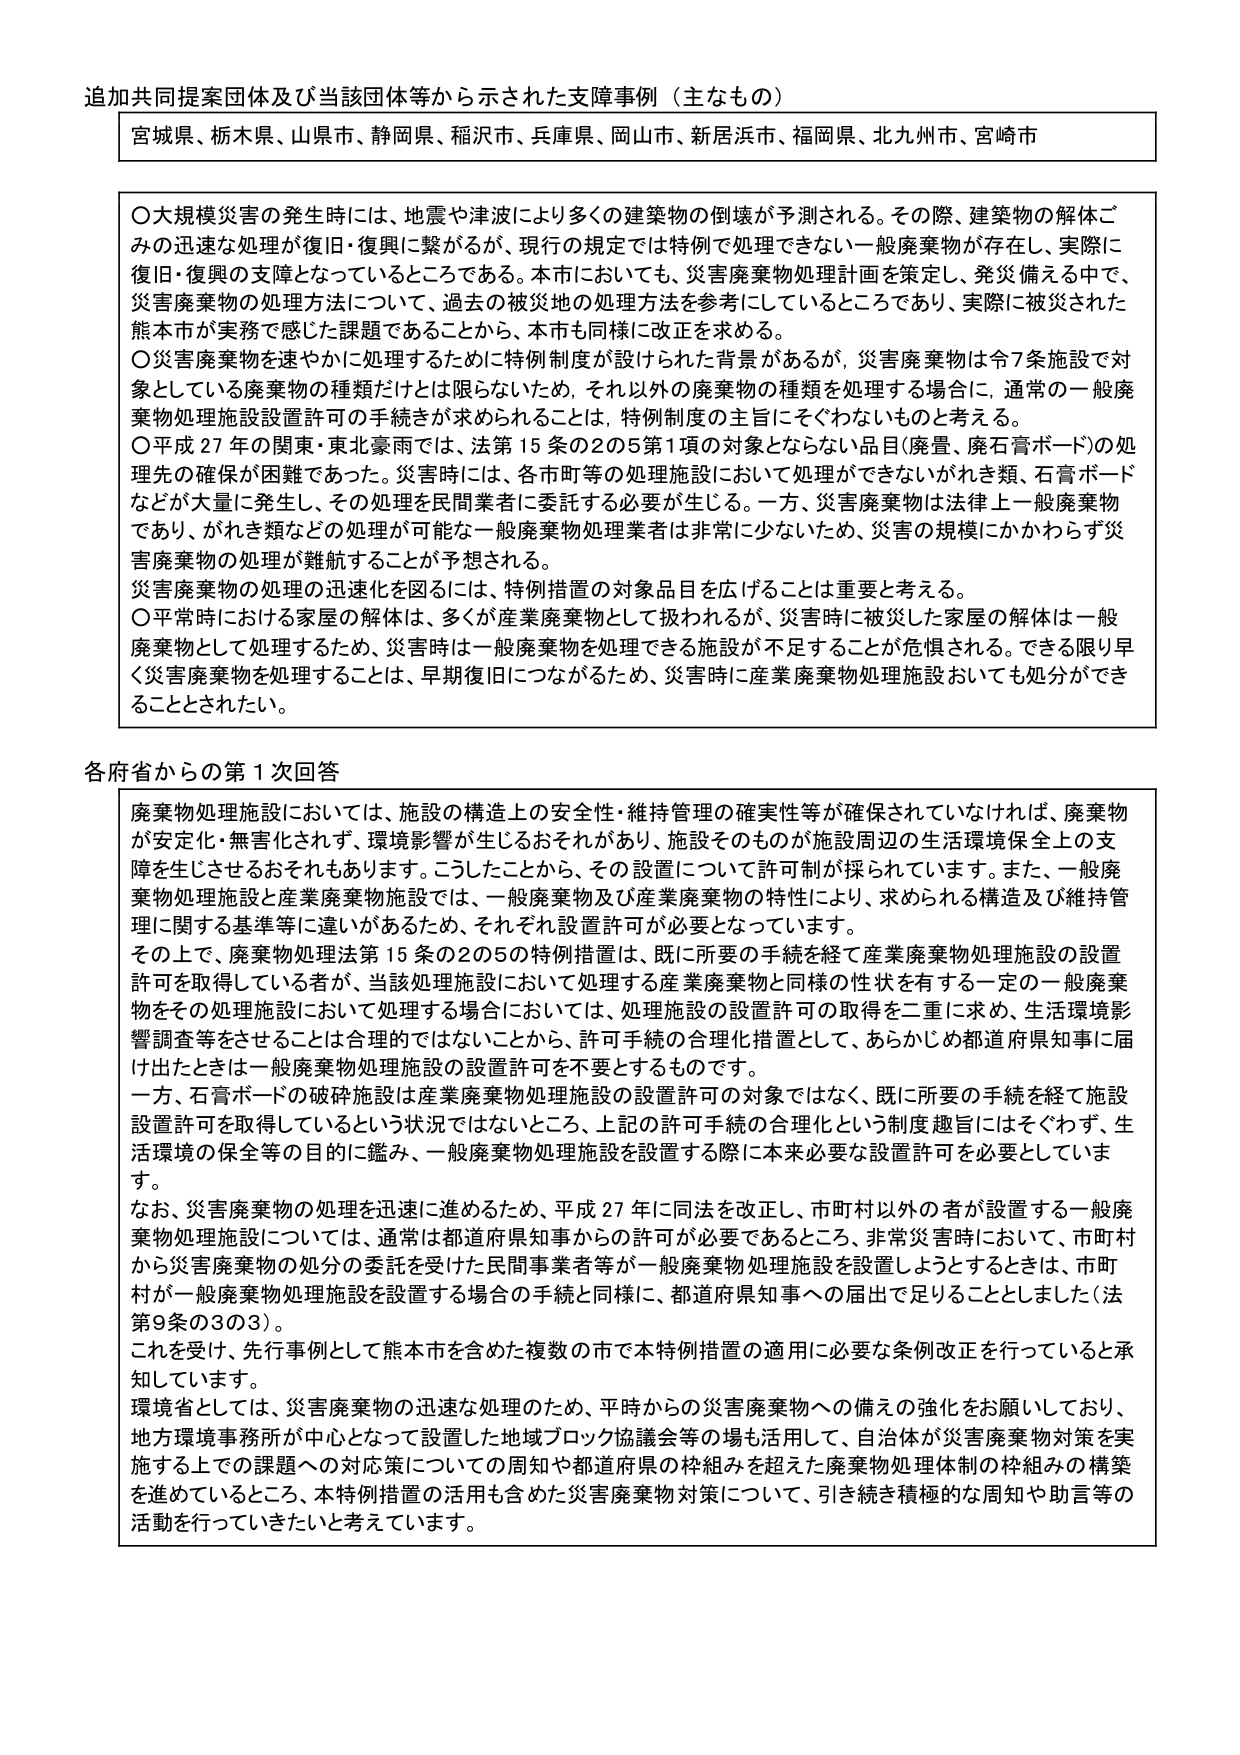
追加共同提案団体及び当該団体等から示された支障事例（主なもの）

宮城県、栃木県、山県市、静岡県、稲沢市、兵庫県、岡山市、新居浜市、福岡県、北九州市、宮崎市

○大規模災害の発生時には、地震や津波により多くの建築物の倒壊が予測される。その際、建築物の解体ごみの迅速な処理が復旧・復興に繋がるが、現行の規定では特例で処理できない一般廃棄物が存在し、実際に復旧・復興の支障となっているところである。本市においても、災害廃棄物処理計画を策定し、発災備える中で、災害廃棄物の処理方法について、過去の被災地の処理方法を参考にしているところであり、実際に被災された熊本市が実務で感じた課題であることから、本市も同様に改正を求める。

○災害廃棄物を速やかに処理するために特例制度が設けられた背景があるが、災害廃棄物は令7条施設で対象としている廃棄物の種類だけとは限らないため、それ以外の廃棄物の種類を処理する場合に、通常の一般廃棄物処理施設設置許可の手続きが求められることは、特例制度の主旨とそぐわないものと考える。

○平成27年の関東・東北豪雨では、法第15条の2の5第1項の対象となるない品目（廃棄、廃石膏ボード）の処理先の確保が困難であった。災害時には、各市町等の処理施設において処理ができないがれき類、石膏ボードなどが大量に発生し、その処理を民間業者に委託する必要が生じる。一方、災害廃棄物は法律上一般廃棄物であり、がれき類などの処理が可能な一般廃棄物処理業者は非常に少ないため、災害の規模にかかわらず災害廃棄物の処理が難航することが予想される。

災害廃棄物の処理の迅速化を図るには、特例措置の対象品目を広げることは重要と考える。

○平常時における家屋の解体は、多くが産業廃棄物として扱われるが、災害時に被災した家屋の解体は一般廃棄物として処理するため、災害時は一般廃棄物を処理できる施設が不足することが危惧される。できる限り早く災害廃棄物を処理することは、早期復旧につながるため、災害時に産業廃棄物処理施設においても処分ができることとされたい。

各府省からの第1回回答

廃棄物処理施設においては、施設の構造上の安全性・維持管理の確実性等が確保されていなければ、廃棄物が安定化・無害化されず、環境影響が生じるおそれがあり、施設そのものが施設周辺の生活環境保全上の支障を生じさせるおそれもあります。こうしたことから、その設置について許可制が採られています。また、一般廃棄物処理施設と産業廃棄物施設では、一般廃棄物及び産業廃棄物の特性により、求められる構造及び維持管理に関する基準等に違いがあるため、それぞれ設置許可が必要となっています。

その上で、廃棄物処理法第15条の2の5の特例措置は、既に所要の手続を経て産業廃棄物処理施設の設置許可を取得している者が、当該処理施設において処理する産業廃棄物と同様の性状を有する一定の一般廃棄物をその処理施設において処理する場合においては、処理施設の設置許可の取得を二重に求め、生活環境影響調査等をさせることは合理的ではないことから、許可手続の合理化措置として、あらかじめ都道府県知事に届け出たときは一般廃棄物処理施設の設置許可を不要とするものです。

一方、石膏ボードの破砕施設は産業廃棄物処理施設の設置許可の対象ではなく、既に所要の手続を経て施設設置許可を取得しているという状況ではないところ、上記の許可手続の合理化という制度趣旨にはそぐわず、生活環境の保全等の目的に鑑み、一般廃棄物処理施設を設置する際に本来必要な設置許可を必要としています。

なお、災害廃棄物の処理を迅速に進めるため、平成27年に同法を改正し、市町村以外の者が設置する一般廃棄物処理施設については、通常は都道府県知事からの許可が必要であるところ、非常災害時において、市町村から災害廃棄物の処分の委託を受けた民間事業者等が一般廃棄物処理施設を設置しようとするときは、市町村が一般廃棄物処理施設を設置する場合の手続と同様に、都道府県知事への届出で足りることとしました（法第9条の3の3）。

これを受けて、先行事例として熊本市を含めた複数の市で本特例措置の適用に必要な条例改正を行っていると承知しています。

環境省としては、災害廃棄物の迅速な処理のため、平常からの災害廃棄物への備えの強化をお願いしており、地方環境事務所が中心となって設置した地域ブロック協議会等の場も活用して、自治体が災害廃棄物対策を実施する上での課題への対応策についての周知や都道府県の枠組みを超えた廃棄物処理体制の枠組みの構築を進めているところ、本特例措置の活用も含めた災害廃棄物対策について、引き続き積極的な周知や助言等の活動を行っていきたいと考えています。